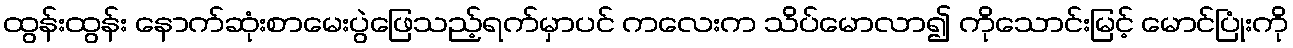
ထွန်းထွန်း နောက်ဆုံးစာမေးပွဲဖြေသည့်ရက်မှာပင် ကလေးက သိပ်မောလာ၍ ကိုသောင်းမြင့် မောင်ပြုံးကို